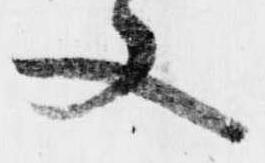
又